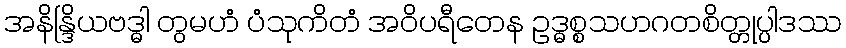
အနိန္ဒြိယဗဒ္ဓါ တွမဟံ ပံသုကိတံ အဝိပရီတေန ဥဒ္ဓစ္စသဟဂတစိတ္တုပ္ပါဒဿ